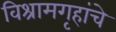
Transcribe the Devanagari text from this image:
विश्रामगृहांचे